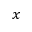
x